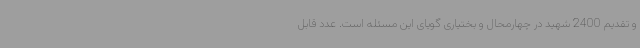
و تقدیم 2400 شهید در چهارمحال و بختیاری گویای این مسئله است. عدد قابل